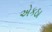
એકઠા